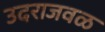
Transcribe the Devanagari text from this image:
उदराजवळ